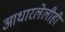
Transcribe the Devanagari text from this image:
आधारलेलीही